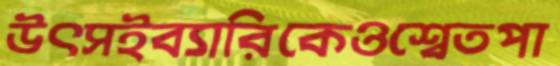
উৎসইব্যারিকেওশ্বেতপা